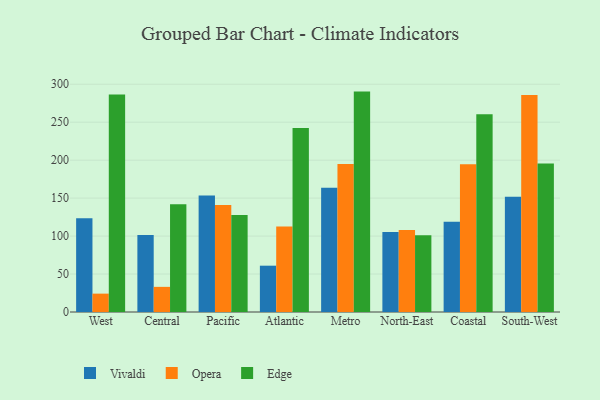
{"axis": {"x": "Region", "y": "Waste Production (Tons)"}, "legend": ["Edge", "Opera", "Vivaldi"], "data": [{"x": "West", "y": 123.4, "type": "Vivaldi"}, {"x": "West", "y": 24.2, "type": "Opera"}, {"x": "West", "y": 286.6, "type": "Edge"}, {"x": "Central", "y": 101.4, "type": "Vivaldi"}, {"x": "Central", "y": 33.1, "type": "Opera"}, {"x": "Central", "y": 141.8, "type": "Edge"}, {"x": "Pacific", "y": 153.6, "type": "Vivaldi"}, {"x": "Pacific", "y": 140.8, "type": "Opera"}, {"x": "Pacific", "y": 127.8, "type": "Edge"}, {"x": "Atlantic", "y": 61.0, "type": "Vivaldi"}, {"x": "Atlantic", "y": 112.5, "type": "Opera"}, {"x": "Atlantic", "y": 242.5, "type": "Edge"}, {"x": "Metro", "y": 163.5, "type": "Vivaldi"}, {"x": "Metro", "y": 195.0, "type": "Opera"}, {"x": "Metro", "y": 290.3, "type": "Edge"}, {"x": "North-East", "y": 105.5, "type": "Vivaldi"}, {"x": "North-East", "y": 108.1, "type": "Opera"}, {"x": "North-East", "y": 101.1, "type": "Edge"}, {"x": "Coastal", "y": 118.9, "type": "Vivaldi"}, {"x": "Coastal", "y": 194.7, "type": "Opera"}, {"x": "Coastal", "y": 260.4, "type": "Edge"}, {"x": "South-West", "y": 151.7, "type": "Vivaldi"}, {"x": "South-West", "y": 285.9, "type": "Opera"}, {"x": "South-West", "y": 195.7, "type": "Edge"}]}